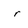
Character: r